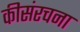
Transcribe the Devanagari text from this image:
कीसंरचना